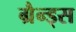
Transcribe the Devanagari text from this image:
ग्रैन्ड्स